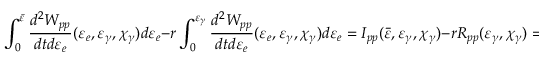
\int _ { 0 } ^ { \bar { \varepsilon } } \frac { d ^ { 2 } W _ { p p } } { d t d \varepsilon _ { e } } ( \varepsilon _ { e } , \varepsilon _ { \gamma } , \chi _ { \gamma } ) d \varepsilon _ { e } - r \int _ { 0 } ^ { \varepsilon _ { \gamma } } \frac { d ^ { 2 } W _ { p p } } { d t d \varepsilon _ { e } } ( \varepsilon _ { e } , \varepsilon _ { \gamma } , \chi _ { \gamma } ) d \varepsilon _ { e } = I _ { p p } ( \bar { \varepsilon } , \varepsilon _ { \gamma } , \chi _ { \gamma } ) - r R _ { p p } ( \varepsilon _ { \gamma } , \chi _ { \gamma } ) = 0 ,